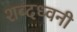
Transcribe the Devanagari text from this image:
शब्दध्वनी